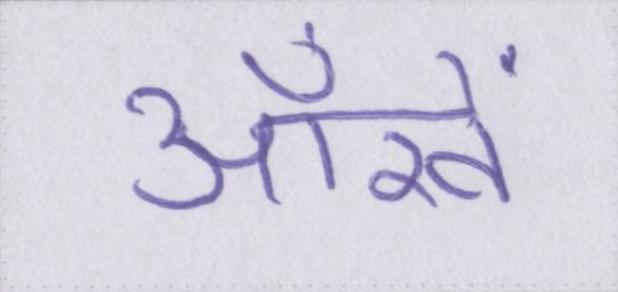
आँखें